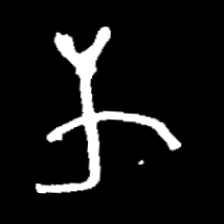
Pyu character \u2014 Myanmar letter: က (romanized: ka)